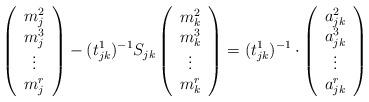
LaTeX: \begin{align*}\left( \begin{array}{c} m_j^2 \\ m_j^3 \\\vdots \\m_j^r \end{array} \right)-(t_{jk}^1)^{-1}S_{jk}\left( \begin{array}{c} m_k^2 \\ m_k^3 \\\vdots \\m_k^r \end{array} \right)=(t_{jk}^1)^{-1}\cdot\left( \begin{array}{c} a_{jk}^2 \\ a_{jk}^3 \\\vdots \\a_{jk}^r \end{array} \right)\end{align*}